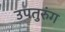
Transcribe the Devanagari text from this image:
उपतुरुंग